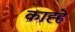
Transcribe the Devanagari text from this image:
काह्हे